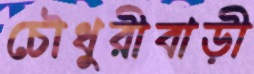
চৌধুরীবাড়ী